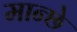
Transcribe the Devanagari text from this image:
मान्छे